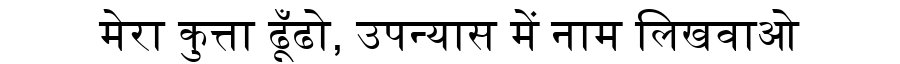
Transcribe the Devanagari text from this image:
मेरा कुत्ता ढूँढो, उपन्यास में नाम लिखवाओ